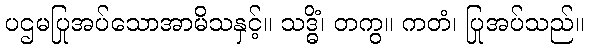
ပဌမပြုအပ်သောအာမိသနှင့်။ သဒ္ဓိံ၊ တကွ။ ကတံ၊ ပြုအပ်သည်။